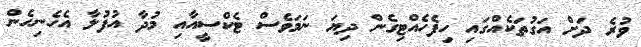
ވުރެ ދަށް އަގުތަކެއްގައި ހިފެހެއްޓިގެން ދިޔަ ނަމަވެސް ޓެކްސީއާއި މުދާ އުފުލާ އެހެނިހެން